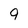
Character: 9